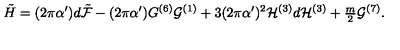
\tilde { H } = ( 2 \pi \alpha ^ { \prime } ) d \tilde { \cal F } - ( 2 \pi \alpha ^ { \prime } ) G ^ { ( 6 ) } { \cal G } ^ { ( 1 ) } + 3 ( 2 \pi \alpha ^ { \prime } ) ^ { 2 } { \cal H } ^ { ( 3 ) } d { \cal H } ^ { ( 3 ) } + { \textstyle \frac { m } { 2 } } { \cal G } ^ { ( 7 ) } .